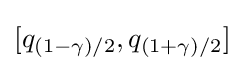
[q_{(1-\gamma )/2},q_{(1+\gamma )/2}]